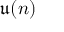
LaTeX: { \mathfrak { u } } ( n )